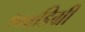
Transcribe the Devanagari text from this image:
१०४डिग्री